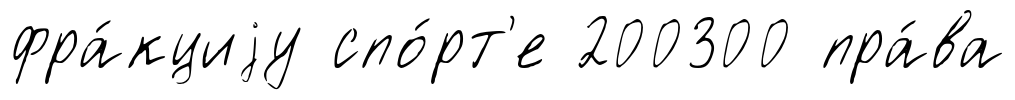
фра́кциjу спо́рт'е 200300 пра́ва